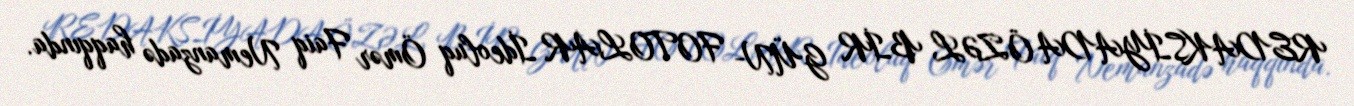
REDAKSİYADA ÖZƏL BİR GÜN- FOTOLAR İdeoluq Ömər Faiq Nemanzadə haqqında.